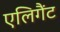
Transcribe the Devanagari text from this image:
एलिगैंट